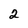
Character: 2